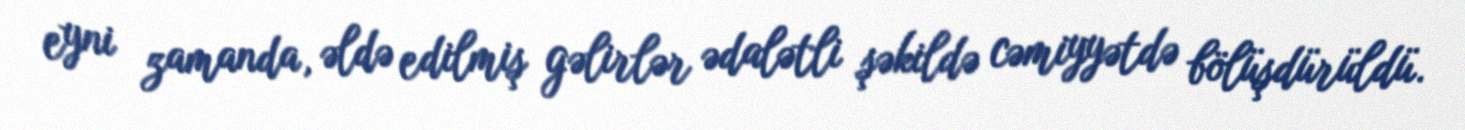
eyni zamanda, əldə edilmiş gəlirlər ədalətli şəkildə cəmiyyətdə bölüşdürüldü.